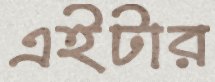
এইটার